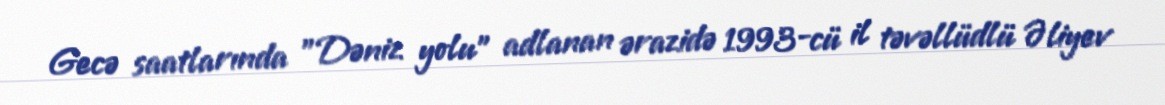
Gecə saatlarında "Dəniz yolu" adlanan ərazidə 1993-cü il təvəllüdlü Əliyev